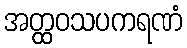
အတ္ထဝသပကရဏံ